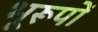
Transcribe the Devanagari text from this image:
भूरूपों